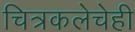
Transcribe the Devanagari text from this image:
चित्रकलेचेही